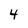
Character: 4